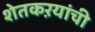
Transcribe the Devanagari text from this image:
शेतकऱयांची